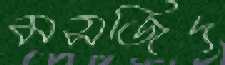
মসজিদ